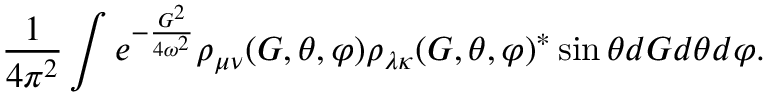
\frac { 1 } { 4 \pi ^ { 2 } } \int e ^ { - \frac { G ^ { 2 } } { 4 \omega ^ { 2 } } } \rho _ { \mu \nu } ( G , \theta , \varphi ) \rho _ { \lambda \kappa } ( G , \theta , \varphi ) ^ { * } \sin \theta d G d \theta d \varphi .